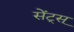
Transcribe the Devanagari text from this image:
सेंट्स्